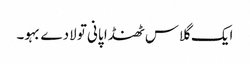
ایک گلاس ٹھنڈا پانی تو لادے بہو۔